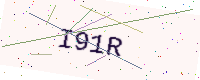
Text: I91R